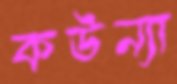
কউন্যা